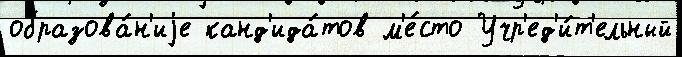
образова́н'иjе канд'ида́тов м'е́сто Учр'ед'и́т'ельный